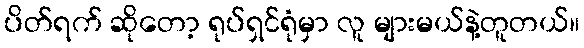
ပိတ်ရက် ဆိုတော့ ရုပ်ရှင်ရုံမှာ လူ များမယ်နဲ့တူတယ်။